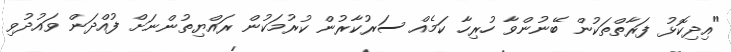
"އިދިކޮޅު ފަރާތްތަކުން ބޭނުންވާ ހުރިހާ ކަމެއް ސަރުކާރުން ކުރުމަކުން ރައްޔިތުންނަށް ފުއްދަން ވައުދުވި